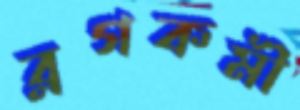
ব্লগকর্মী